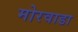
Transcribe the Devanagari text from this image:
मोरवाडा